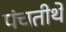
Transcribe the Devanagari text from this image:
पंचतीर्थे